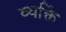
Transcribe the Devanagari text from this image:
व्यक्तिं